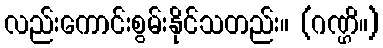
လည်းကောင်းစွမ်းနိုင်သတည်း။ (ဂဏ္ဌိ။)